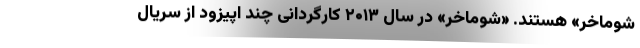
شوماخر» هستند. «شوماخر» در سال ۲۰۱۳ کارگردانی چند اپیزود از سریال